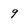
Character: 9